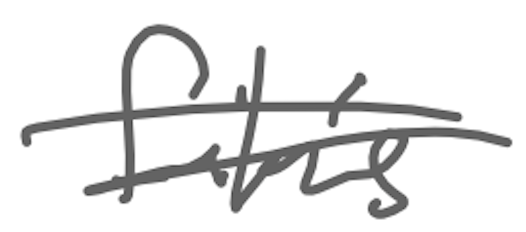
Text: film's
Cross-out: double-line
Writing tool: digital_gray